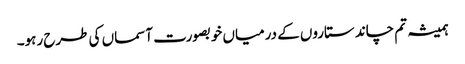
ہمیشہ تم چاند ستاروں کے درمیاں خوبصورت آسماں کی طرح رہو۔